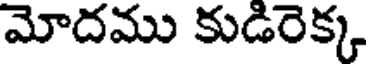
మోదము కుడిరెక్క